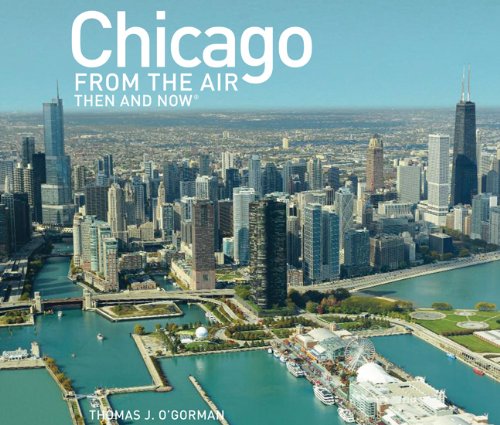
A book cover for Chicago from the Air: Then and Now (Then & Now (Thunder Bay Press)); Thomas J. O'Gorman; Travel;